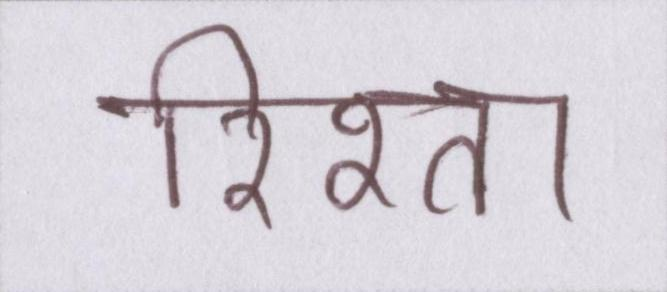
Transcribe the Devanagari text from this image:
रिश्ता